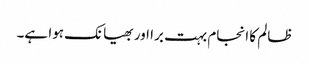
ظالم کا انجام بہت برا اور بھیانک ہوا ہے۔